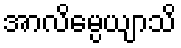
အာလိမ္ပေယျာသိ